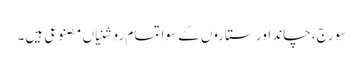
سورج، چاند اور ستاروں کے سوا تمام روشنیاں مصنوعی ہیں۔